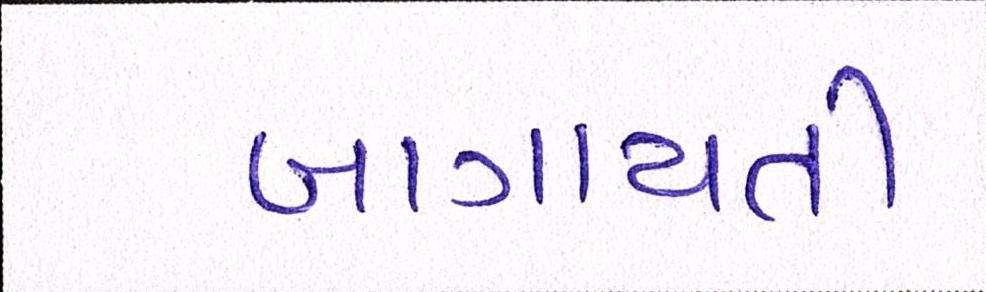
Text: બાગાયતી